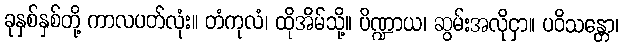
ခုနှစ်နှစ်တို့ ကာလပတ်လုံး။ တံကုလံ၊ ထိုအိမ်သို့။ ပိဏ္ဍာယ၊ ဆွမ်းအလိုငှာ။ ပဝိသန္တော၊